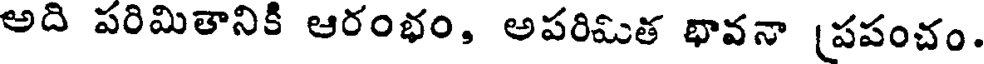
అది పరిమితానికి ఆరంభం, అపరిమిత భావనా (పపంచం.